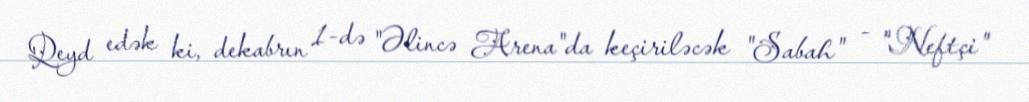
Qeyd edək ki, dekabrın 1-də "Əlincə Arena"da keçiriləcək "Sabah" - "Neftçi"